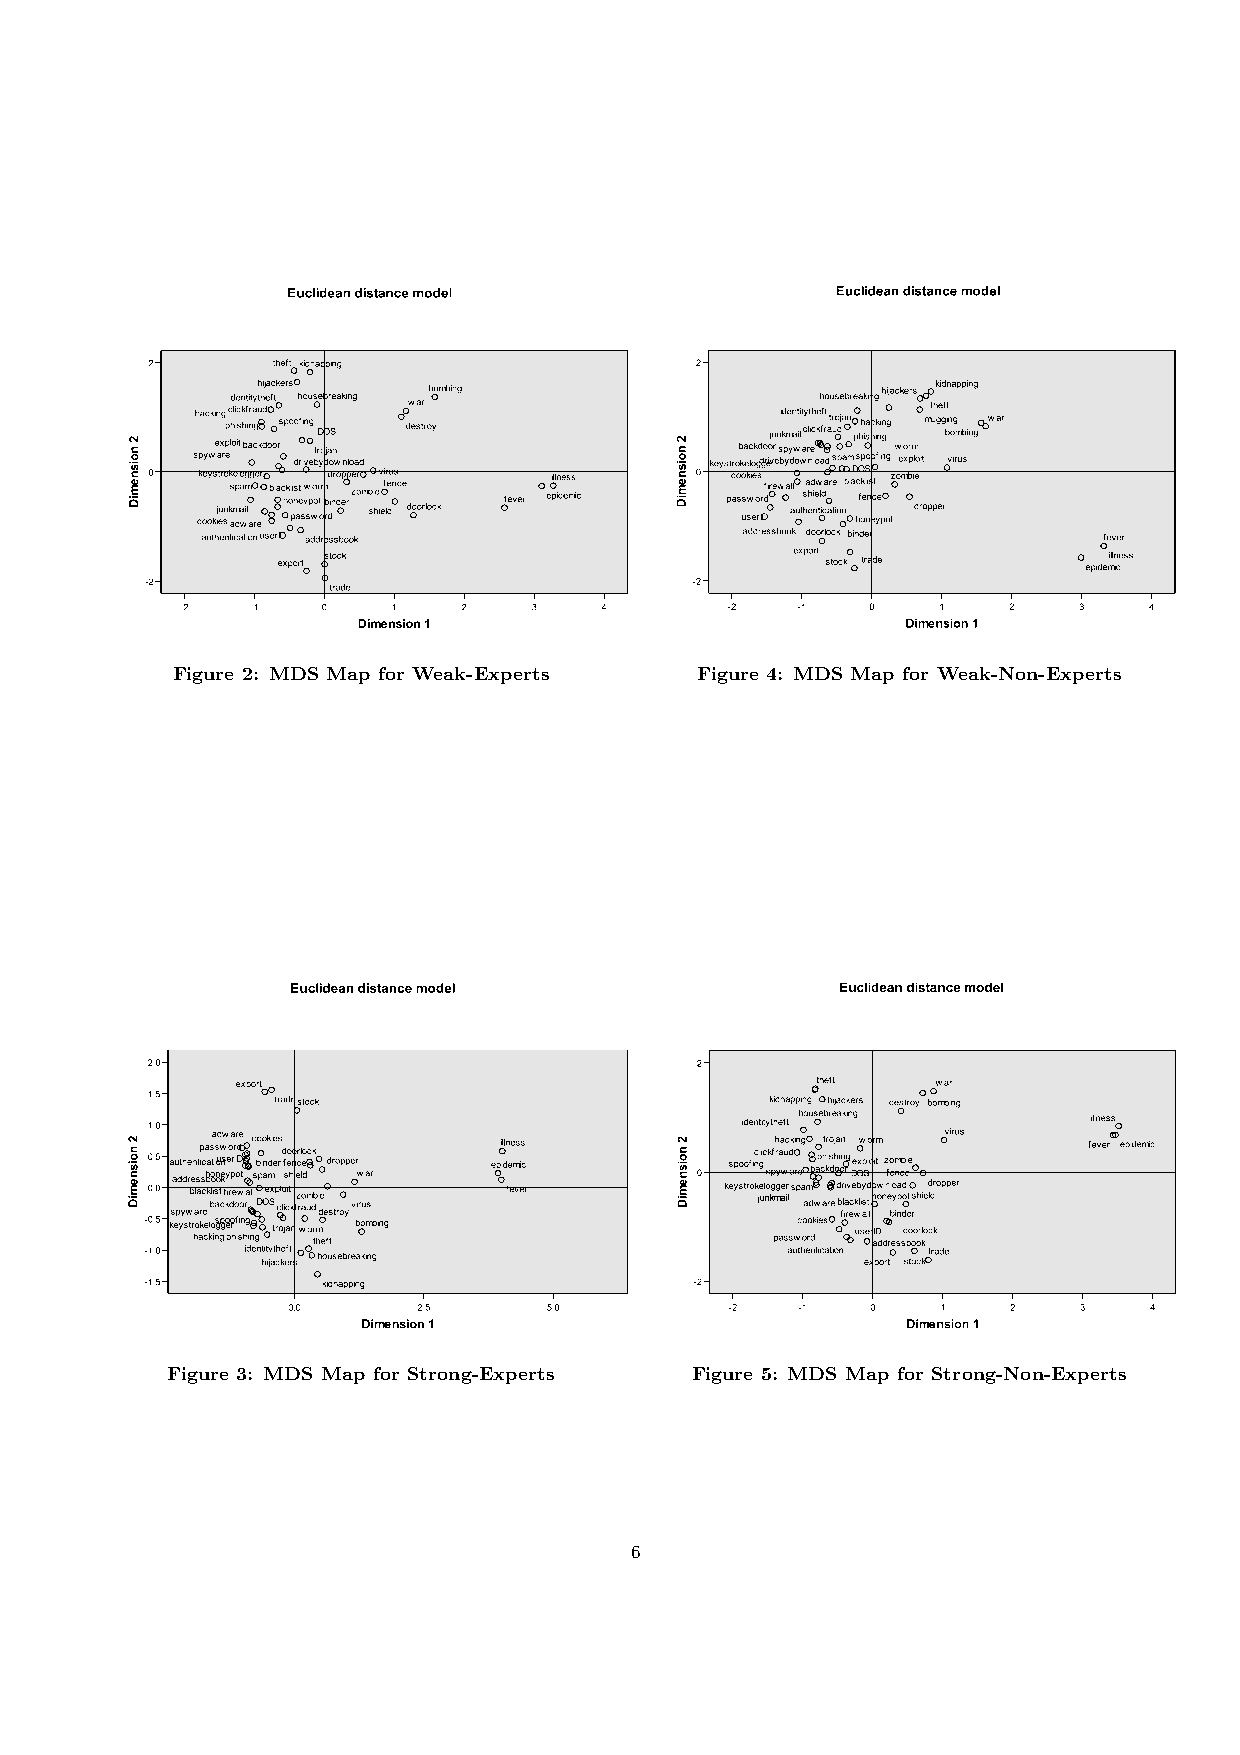
Figure 2: MDS Map for Weak-Experts Figure 4: MDS Map for Weak-Non-Experts
 Figure 3: MDS Map for Strong-Experts Figure 5: MDS Map for Strong-Non-Experts
 6